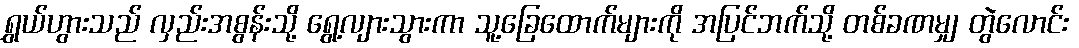
ရွှယ်ဟွားသည် လှည်းအစွန်းသို့ ရွေ့လျားသွားကာ သူ့ခြေထောက်များကို အပြင်ဘက်သို့ တစ်ခဏမျှ တွဲလောင်း